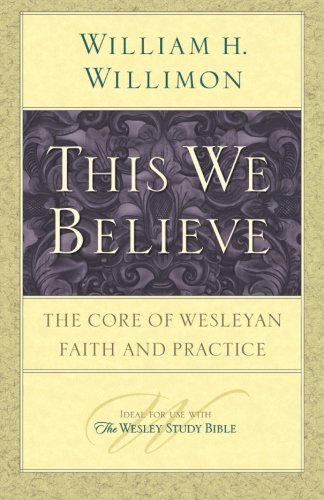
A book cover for This We Believe: The Core of Wesleyan Faith and Practice; William H. Willimon; Christian Books & Bibles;